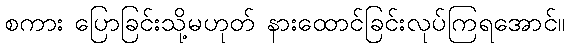
စကား ပြောခြင်းသို့မဟုတ် နားထောင်ခြင်းလုပ်ကြရအောင်။